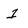
Character: 1